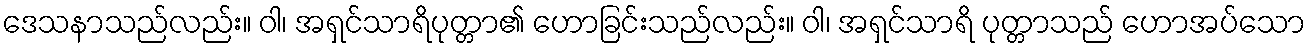
ဒေသနာသည်လည်း။ ဝါ၊ အရှင်သာရိပုတ္တာ၏ ဟောခြင်းသည်လည်း။ ဝါ၊ အရှင်သာရိ ပုတ္တာသည် ဟောအပ်သော